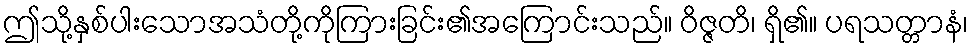
ဤသို့နှစ်ပါးသောအသံတို့ကိုကြားခြင်း၏အကြောင်းသည်။ ဝိဇ္ဇတိ၊ ရှိ၏။ ပရသတ္တာနံ၊